65_HS1-834228961_62-HQ-83894_Section_6
Agency: FBI
Page 14
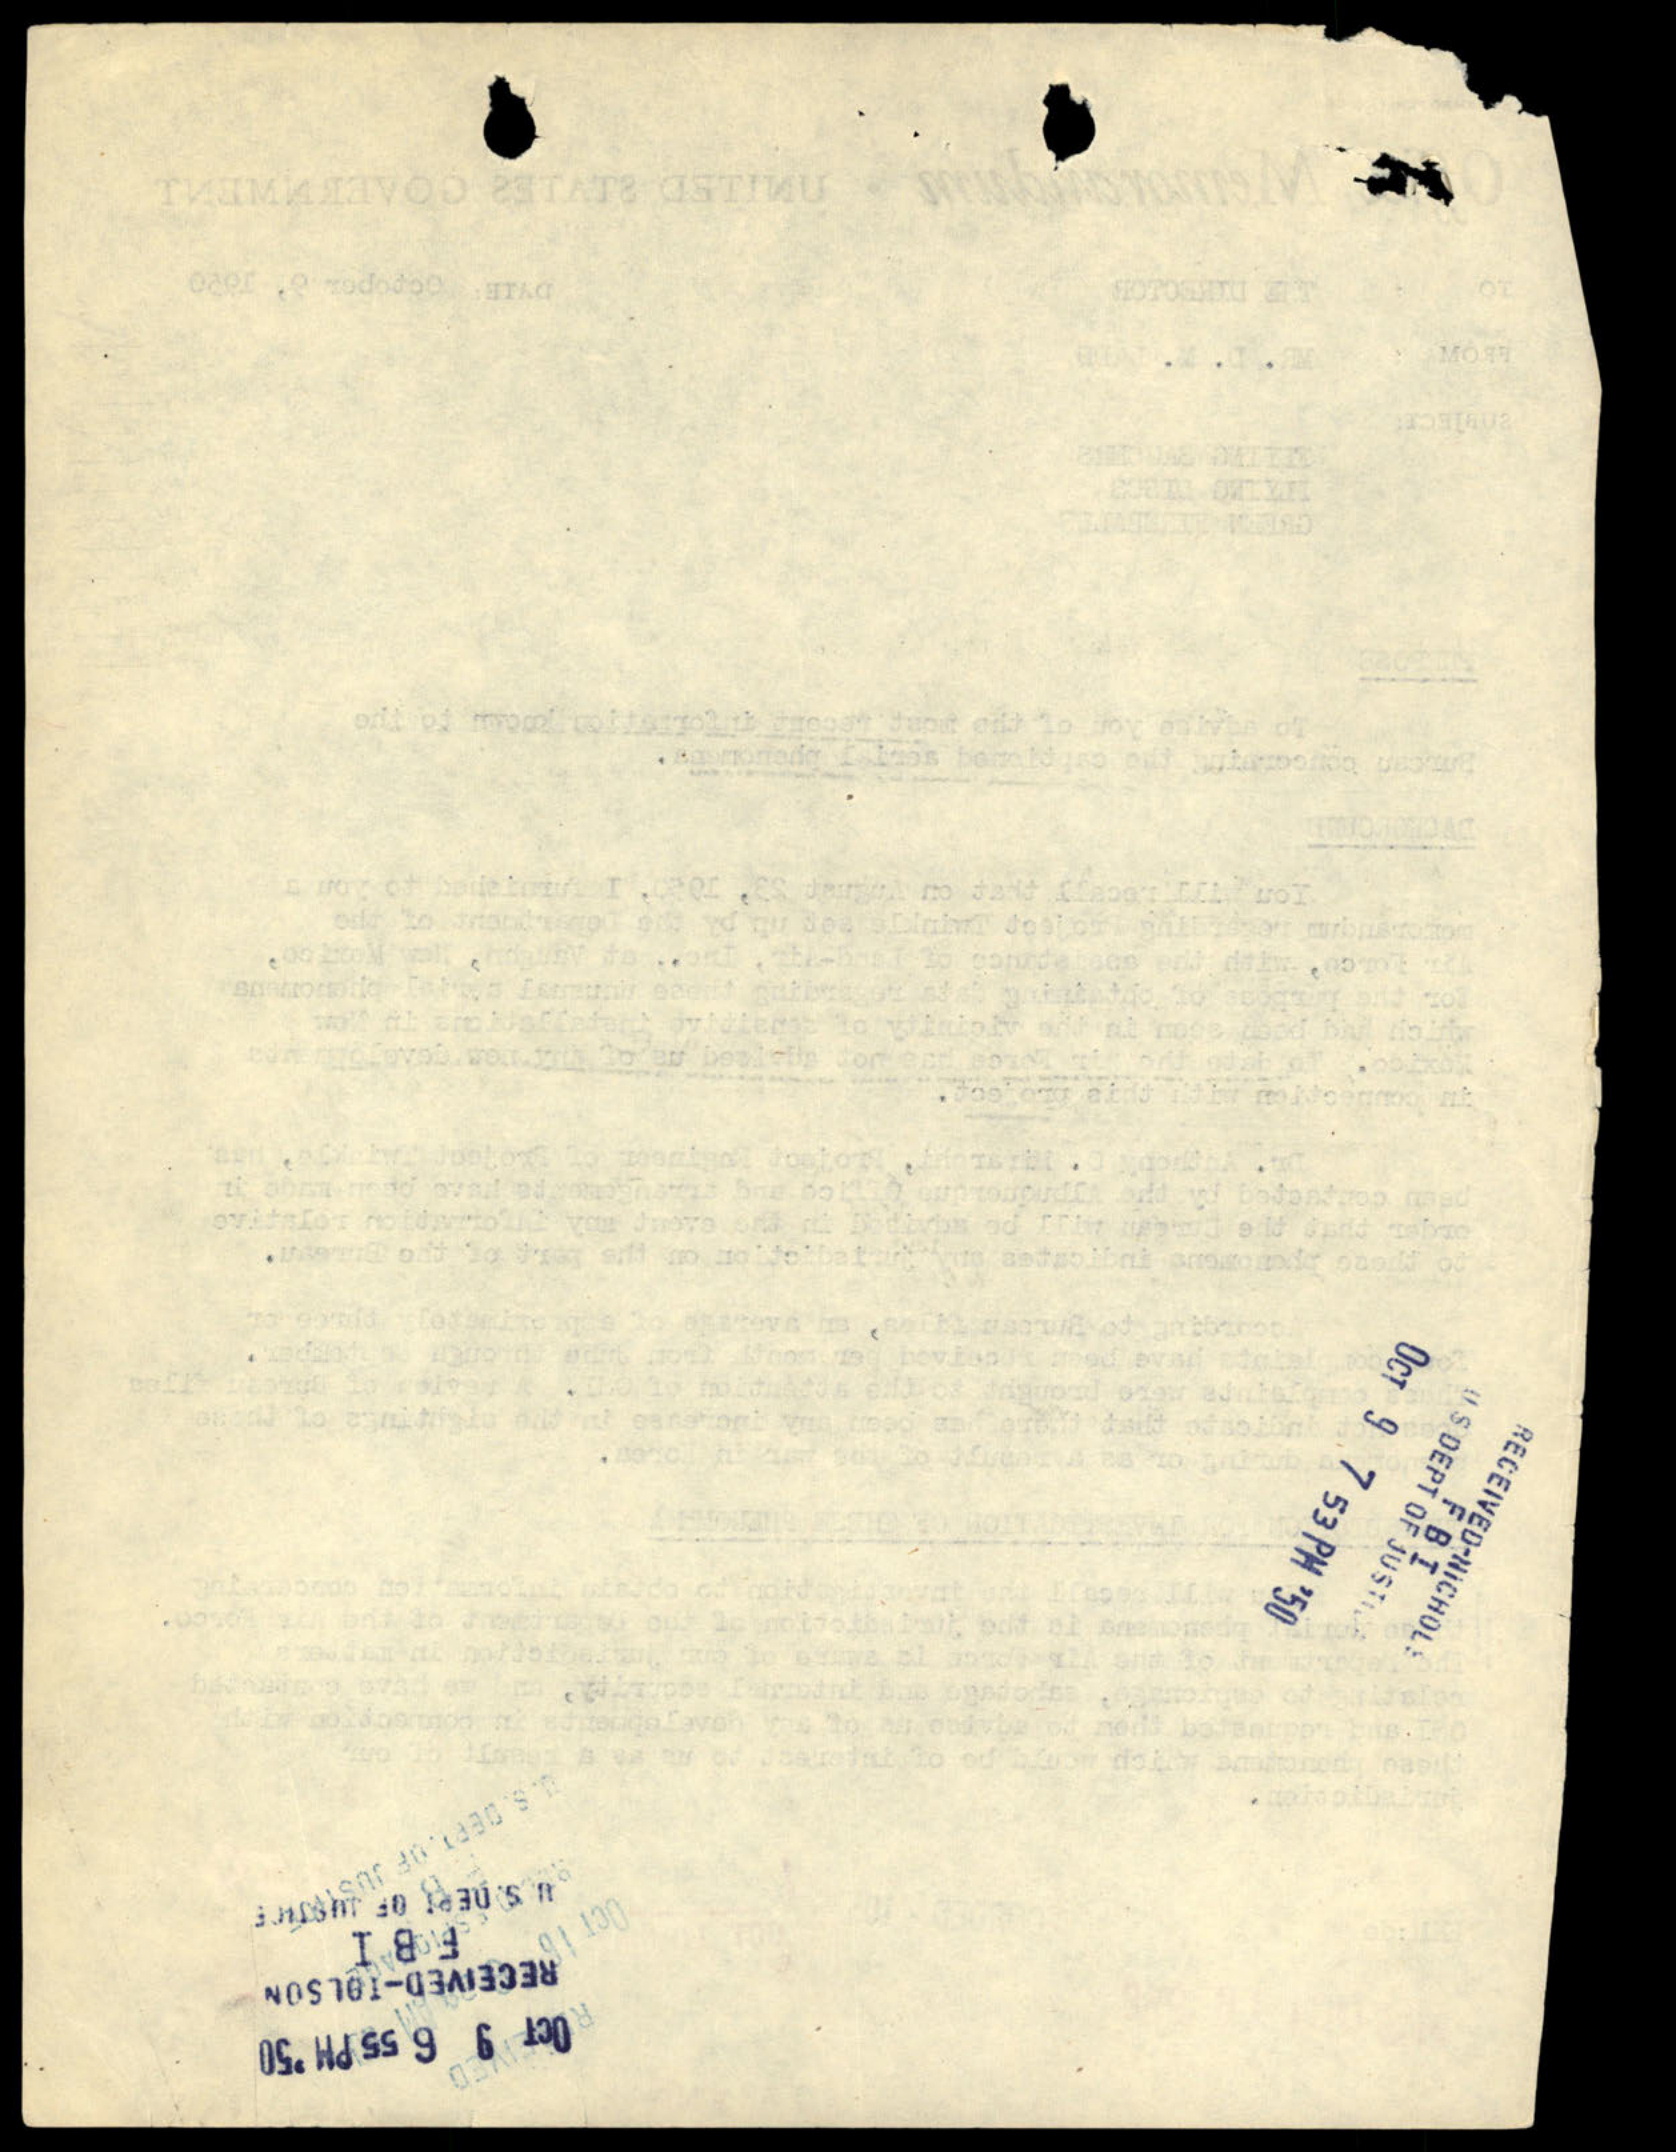